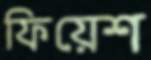
ফিয়েশ